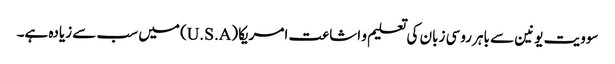
سوویت یونین سے باہر روسی زبان کی تعلیم و اشاعت امریکا (U.S.A) میں سب سے زیادہ ہے۔